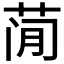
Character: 𰱇